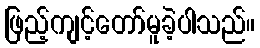
ဖြည့်ကျင့်တော်မူခဲ့ပါသည်။